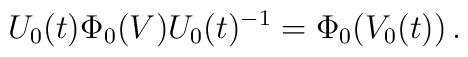
U_0(t)\Phi_0(V)U_0(t)^{-1}=\Phi_0(V_0(t))\, .